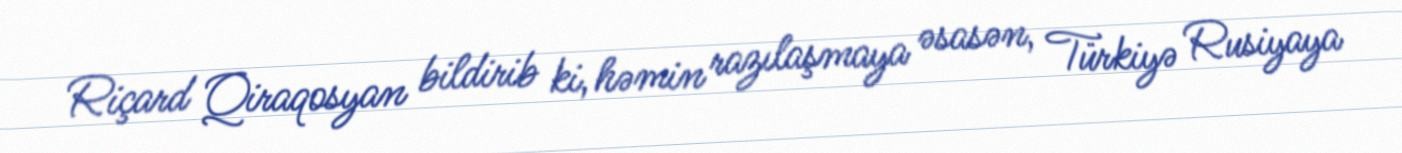
Riçard Qiraqosyan bildirib ki, həmin razılaşmaya əsasən, Türkiyə Rusiyaya